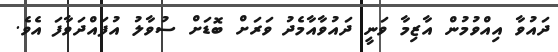
ދައުވާ އިއްވުމުން އާޒިމާ ވަނީ ދައުވާއާމެދު ވަރަށް ބޮޑަށް ސުވާލު އުފައްދަވާފަ އެވެ.